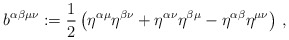
\begin{align*}b^{\alpha\beta\mu\nu}:=\frac{1}{2}\left( \eta^{\alpha\mu}\eta^{\beta\nu}+ \eta^{\alpha\nu}\eta^{\beta\mu}-\eta^{\alpha\beta}\eta^{\mu\nu}\right)\, ,\end{align*}